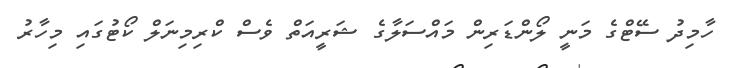
ހާމިދު ސޭޓްގެ މަނީ ލޯންޑަރިން މައްސަލާގެ ޝަރީއަތް ވެސް ކްރިމިނަލް ކޯޓުގައި މިހާރު